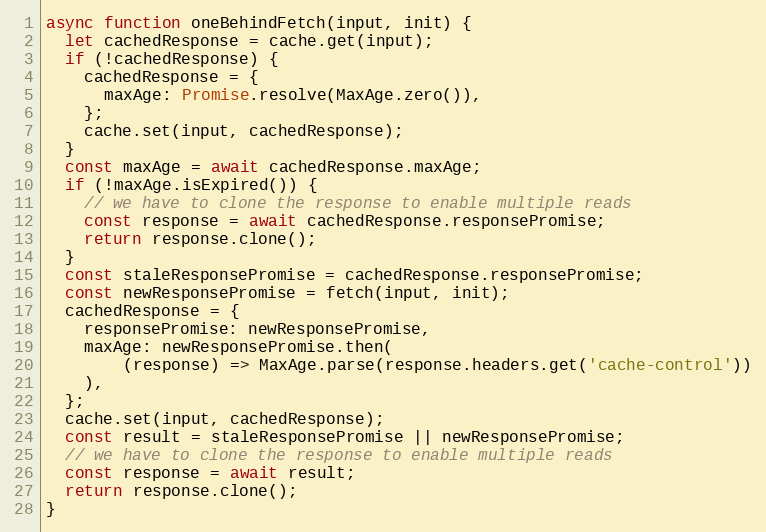
Language: JavaScript
async function oneBehindFetch(input, init) {
  let cachedResponse = cache.get(input);
  if (!cachedResponse) {
    cachedResponse = {
      maxAge: Promise.resolve(MaxAge.zero()),
    };
    cache.set(input, cachedResponse);
  }
  const maxAge = await cachedResponse.maxAge;
  if (!maxAge.isExpired()) {
    // we have to clone the response to enable multiple reads
    const response = await cachedResponse.responsePromise;
    return response.clone();
  }
  const staleResponsePromise = cachedResponse.responsePromise;
  const newResponsePromise = fetch(input, init);
  cachedResponse = {
    responsePromise: newResponsePromise,
    maxAge: newResponsePromise.then(
        (response) => MaxAge.parse(response.headers.get('cache-control'))
    ),
  };
  cache.set(input, cachedResponse);
  const result = staleResponsePromise || newResponsePromise;
  // we have to clone the response to enable multiple reads
  const response = await result;
  return response.clone();
}